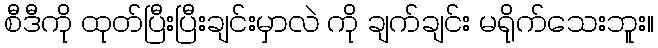
စီဒီကို ထုတ်ပြီးပြီးချင်းမှာလဲ ကို ချက်ချင်း မရိုက်သေးဘူး။